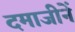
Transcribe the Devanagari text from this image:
दमाजीनें